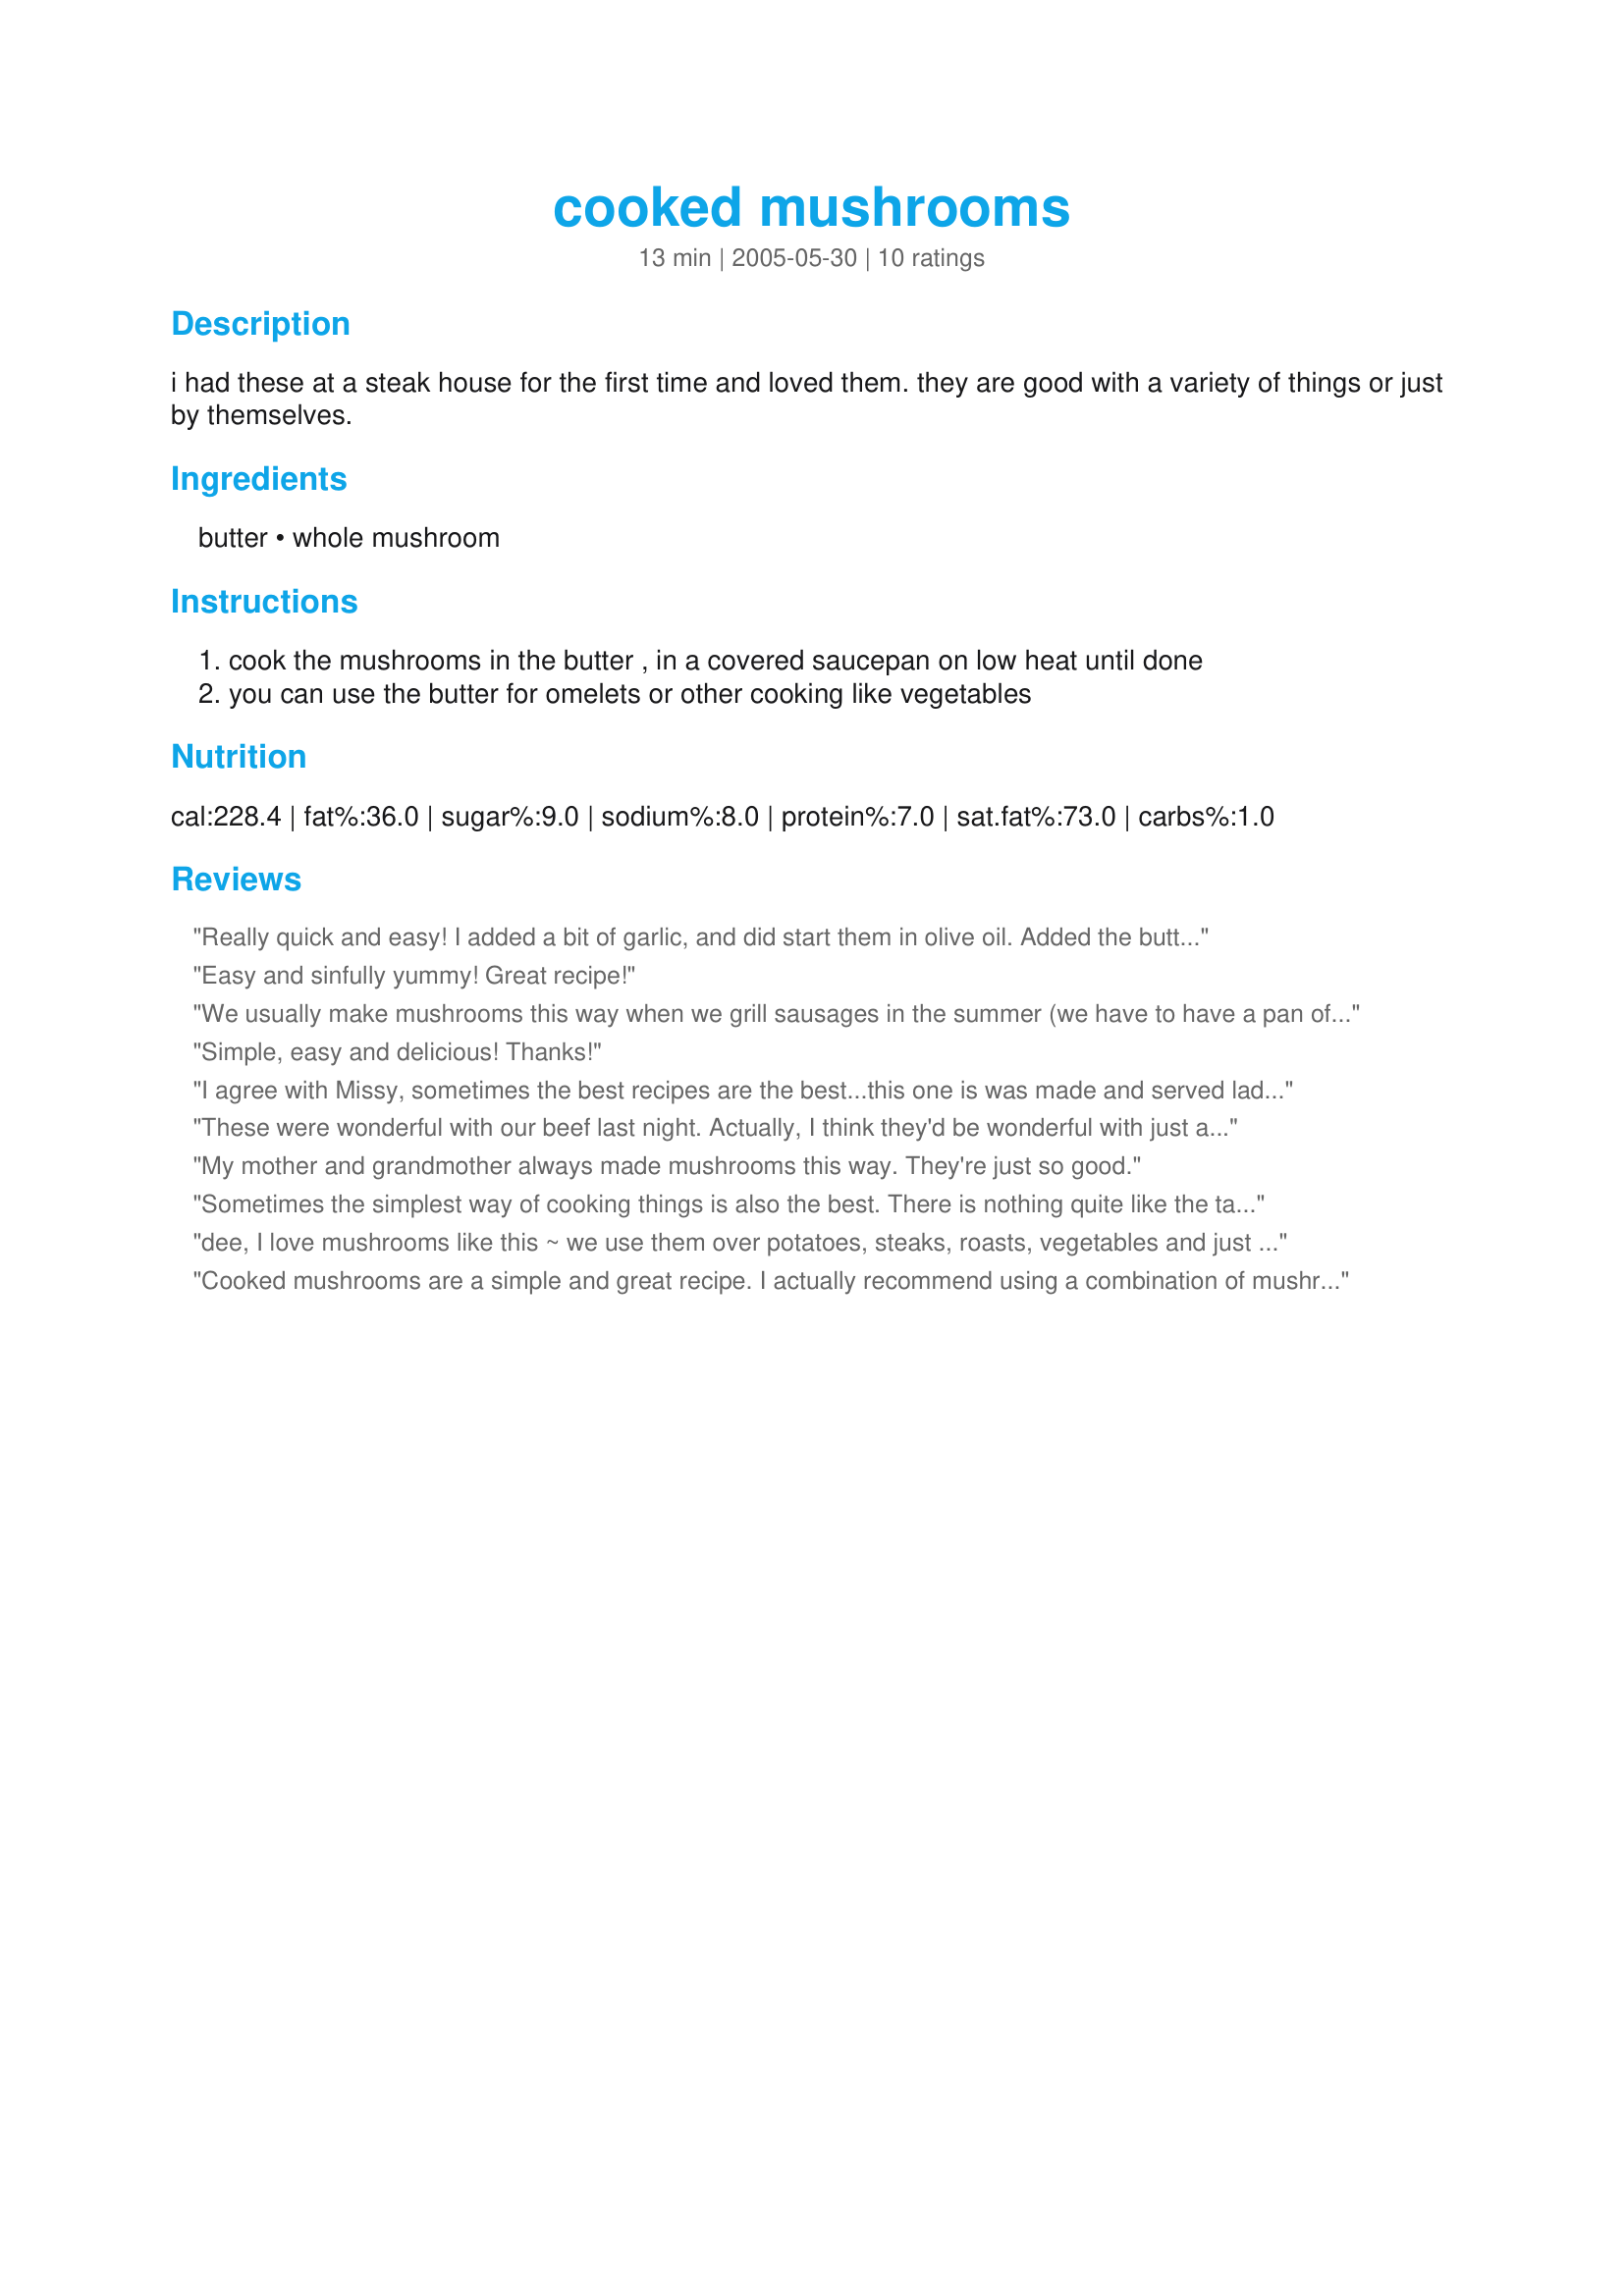
cooked mushrooms
Preparation time: 13 minutes

i had these at a steak house for the first time and loved them. they are good with a variety of things or just by themselves.

Ingredients:
butter, whole mushroom

Steps:
cook the mushrooms in the butter , in a covered saucepan on low heat until done, you can use the butter for omelets or other cooking like vegetables

Reviews:
Really quick and easy! I added a bit of garlic, and did start them in olive oil. Added the butter just before serving. Served these with a delicious steak. Thanks for sharing Dee!
Easy and sinfully yummy! Great recipe!
We usually make mushrooms this way when we grill sausages in the summer (we have to have a pan of mushrooms separate from the peppers and onions, though, because not everyone likes the peppers and onions). Today I decided to make these mushrooms to fill an omelet. We love mushrooms in any form, but the butter just makes them over-the-top good! Thanks for posting!
Simple, easy and delicious! Thanks!
I agree with Missy, sometimes the best recipes are the best...this one is was made and served ladeled over green beans, and served with pork roast.
These were wonderful with our beef last night. Actually, I think they'd be wonderful with just about anything. DH did insist on adding some garlic, but I don't think they needed it. I could eat a big bowl of these all by themselves! Thanks for posting.
My mother and grandmother always made mushrooms this way. They're just so good.
Sometimes the simplest way of cooking things is also the best. There is nothing quite like the taste of mushrooms fried in good butter.
dee, I love mushrooms like this ~ we use them over potatoes, steaks, roasts, vegetables and just alone. I ususally add a little parsley to them for color but otherwise, hands down they are the best! Thanks for posting the recipe, Diane
Cooked mushrooms are a simple and great recipe. I actually recommend using a combination of mushrooms, especially portobello mushrooms. If you find that the butter burns when you make this recipe, then cook the mushrooms with a bit of olive oil until they're almost finished THEN add some butter (this was actually something I learned from one of Gordon Ramsay's shows, and it works much better!). Your mushrooms will taste buttery without all the cleanup!
